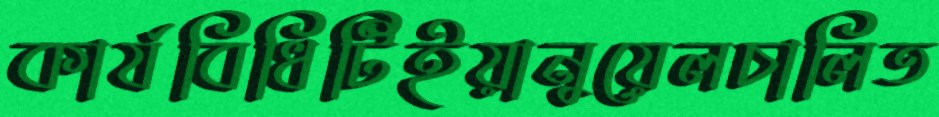
কার্যবিধিটিইয়ানুয়েলচালিত